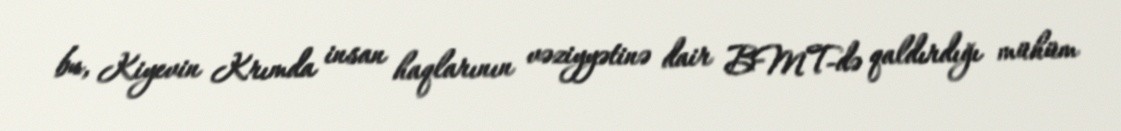
bu, Kiyevin Krımda insan haqlarının vəziyyətinə dair BMT-də qaldırdığı mühüm